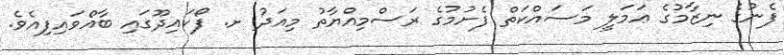
ފެނުގެ ނިޒާމުގެ ޢަމަލީ މަސައްކަތް ފެށުމުގެ ރަސްމިއްޔާތު މިއަދު ށ. ފޯކައިދޫގައި ބާއްވައިފިއެވެ.